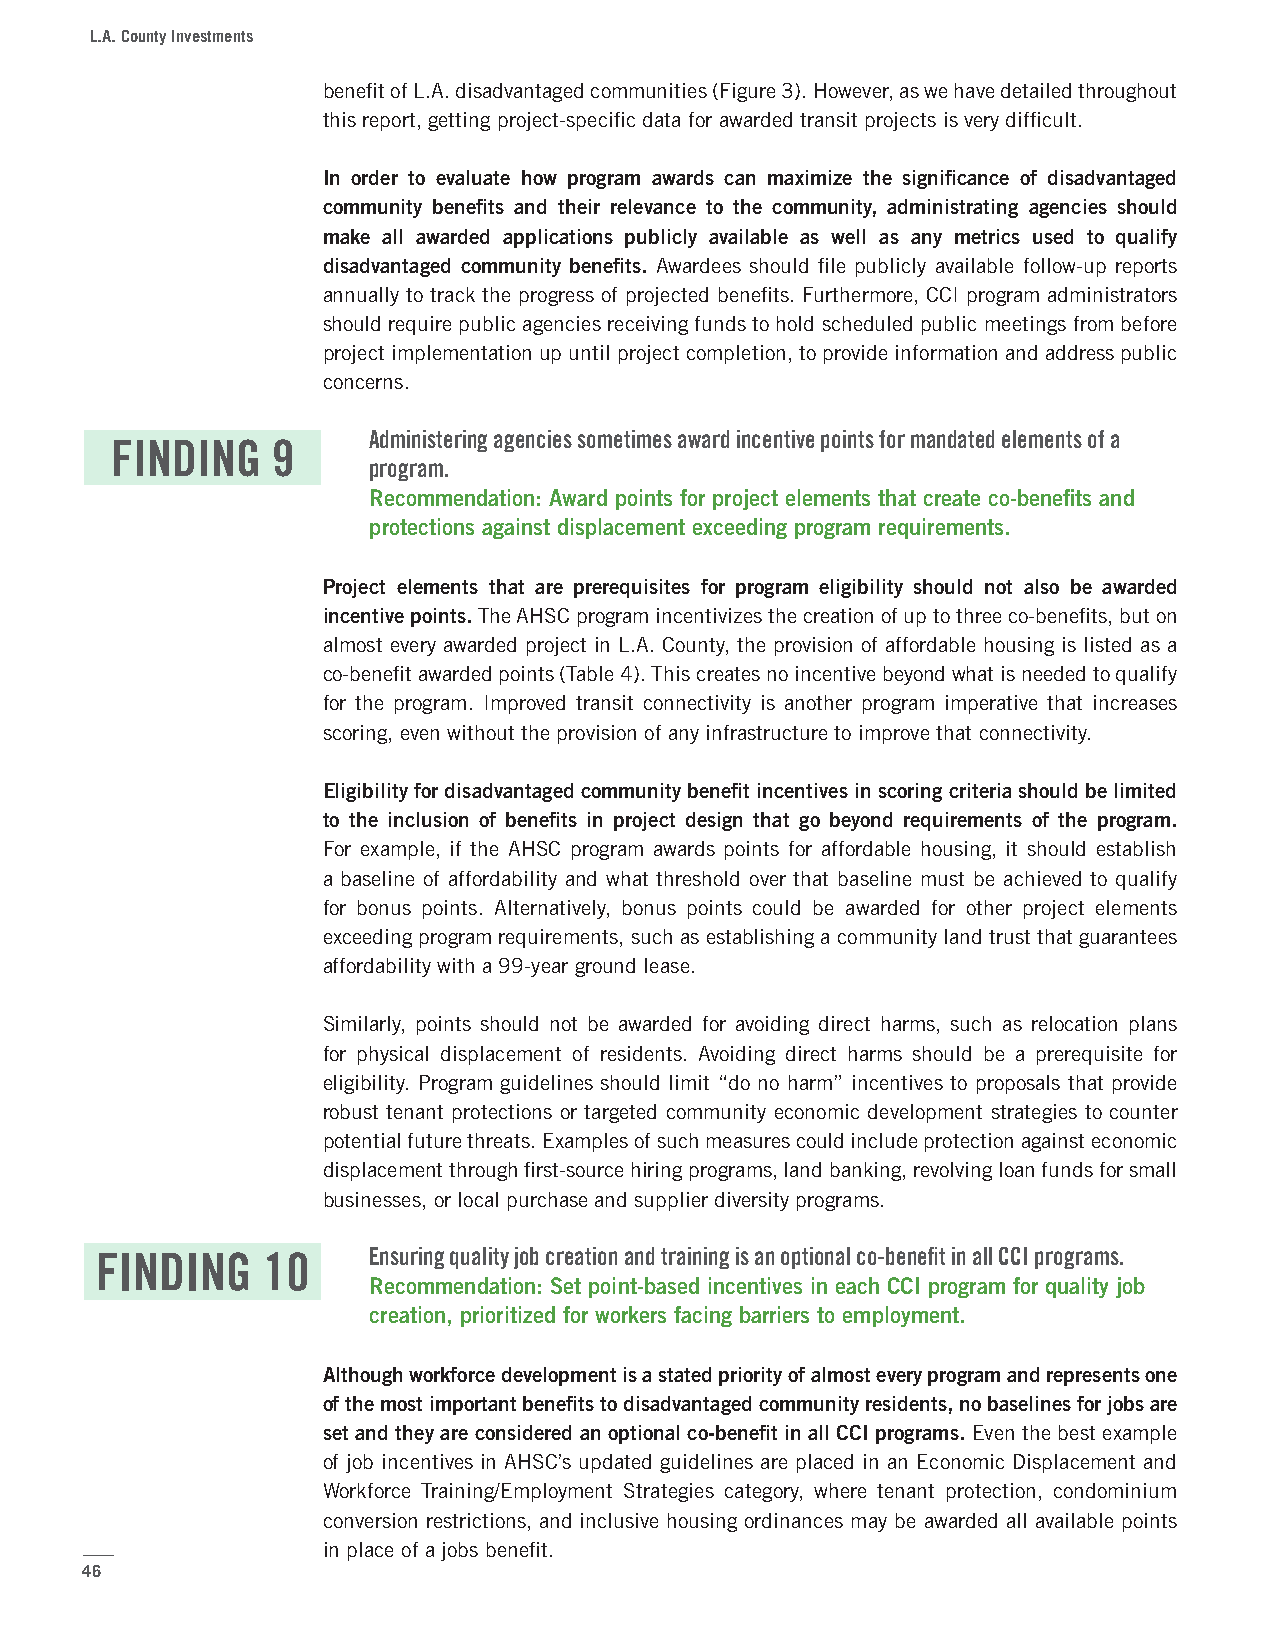
L.A. County Investments
 benefit of L.A. disadvantaged communities (Figure 3). However, as we have detailed throughout
 this report, getting project-specific data for awarded transit projects is very difficult.
 In order to evaluate how program awards can maximize the significance of disadvantaged
 community benefits and their relevance to the community, administrating agencies should
 make all awarded applications publicly available as well as any metrics used to qualify
 disadvantaged community benefits. Awardees should file publicly available follow-up reports
 annually to track the progress of projected benefits. Furthermore, CCI program administrators
 should require public agencies receiving funds to hold scheduled public meetings from before
 project implementation up until project completion, to provide information and address public
 concerns.
 Administering agencies sometimes award incentive points for mandated elements of a
 FINDING    9
 program.
 Recommendation: Award points for project elements that create co-benefits and
 protections against displacement exceeding program requirements.
 Project elements that are prerequisites for program eligibility should not also be awarded
 incentive points. The AHSC program incentivizes the creation of up to three co-benefits, but on
 almost every awarded project in L.A. County, the provision of affordable housing is listed as a
 co-benefit awarded points (Table 4). This creates no incentive beyond what is needed to qualify
 for the program. Improved transit connectivity is another program imperative that increases
 scoring, even without the provision of any infrastructure to improve that connectivity.
 Eligibility for disadvantaged community benefit incentives in scoring criteria should be limited
 to the inclusion of benefits in project design that go beyond requirements of the program.
 For example, if the AHSC program awards points for affordable housing, it should establish
 a baseline of affordability and what threshold over that baseline must be achieved to qualify
 for bonus points. Alternatively, bonus points could be awarded for other project elements
 exceeding program requirements, such as establishing a community land trust that guarantees
 affordability with a 99-year ground lease.
 Similarly, points should not be awarded for avoiding direct harms, such as relocation plans
 for physical displacement of residents. Avoiding direct harms should be a prerequisite for
 eligibility. Program guidelines should limit “do no harm” incentives to proposals that provide
 robust tenant protections or targeted community economic development strategies to counter
 potential future threats. Examples of such measures could include protection against economic
 displacement through first-source hiring programs, land banking, revolving loan funds for small
 businesses, or local purchase and supplier diversity programs.
 FINDING    10     Ensuring quality job creation and training is an optional co-benefit in all CCI programs.
 Recommendation: Set point-based incentives in each CCI program for quality job
 creation, prioritized for workers facing barriers to employment.
 Although workforce development is a stated priority of almost every program and represents one
 of the most important benefits to disadvantaged community residents, no baselines for jobs are
 set and they are considered an optional co-benefit in all CCI programs. Even the best example
 of job incentives in AHSC’s updated guidelines are placed in an Economic Displacement and
 Workforce Training/Employment Strategies category, where tenant protection, condominium
 conversion restrictions, and inclusive housing ordinances may be awarded all available points
 in place of a jobs benefit.
 46